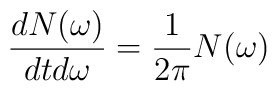
\frac{dN(\omega)}{dtd\omega} = \frac{1}{2\pi} N(\omega)